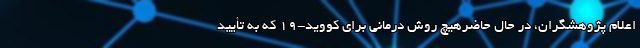
اعلام پژوهشگران، در حال حاضرهیچ روش درمانی برای کووید-۱۹ که به تأیید